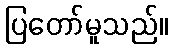
ပြတော်မူသည်။